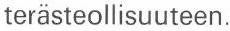
terästeollisuuteen.